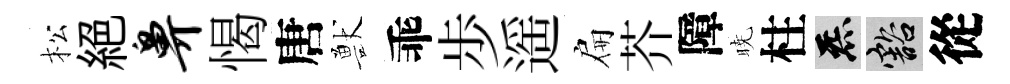
松絕鼻愒唐獸乖歩遥扁芥障暁柱炁豁從